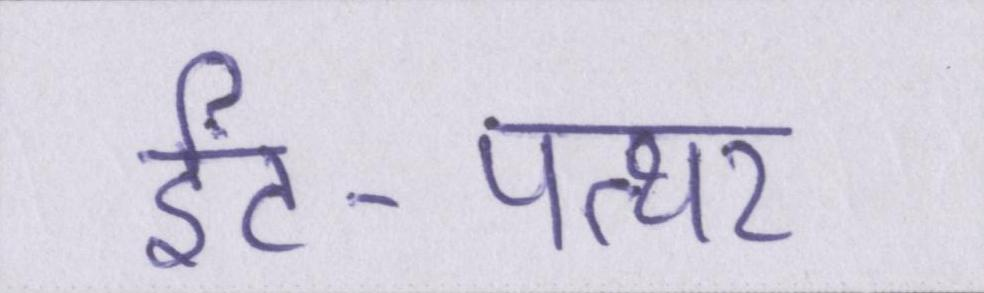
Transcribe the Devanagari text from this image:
ईंट-पत्थर